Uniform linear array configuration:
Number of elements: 64
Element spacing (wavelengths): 0.25
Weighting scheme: hann
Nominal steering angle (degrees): -45
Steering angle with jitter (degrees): -43.76
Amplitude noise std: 0.05
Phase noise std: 0.05

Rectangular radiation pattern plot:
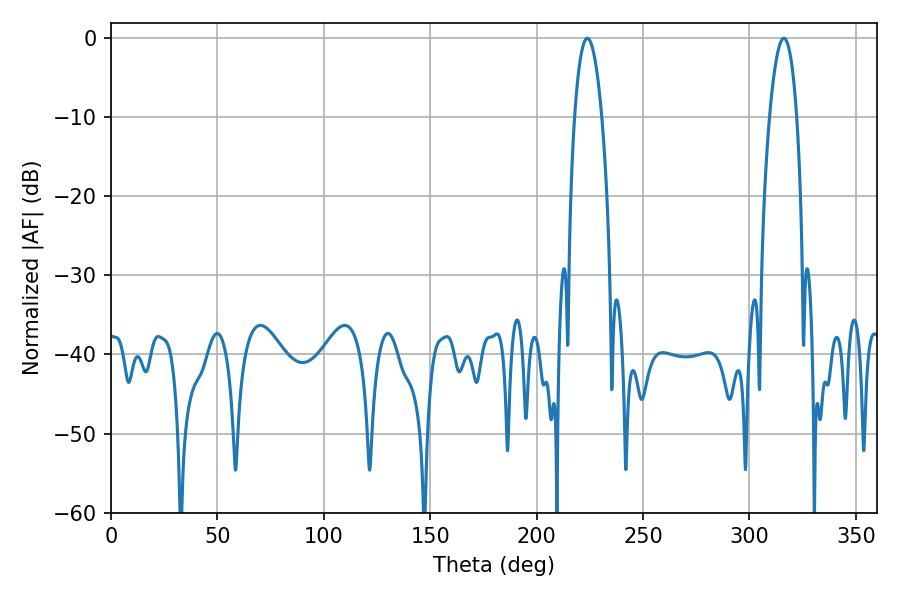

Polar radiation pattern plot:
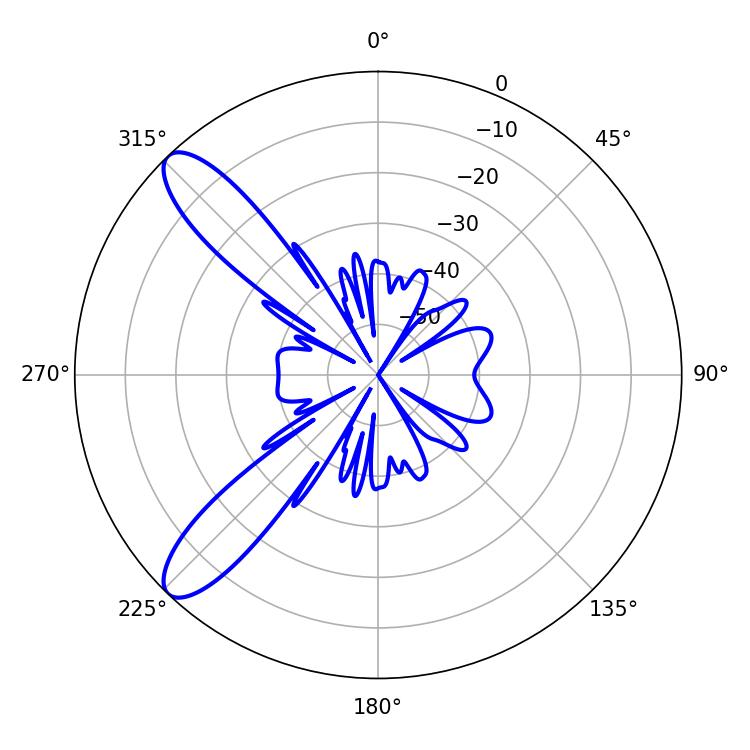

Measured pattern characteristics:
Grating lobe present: FALSE
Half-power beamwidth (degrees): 7.2
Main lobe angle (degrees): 316.08